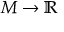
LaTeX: M \to \mathbb { R }